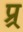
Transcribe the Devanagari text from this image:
प्र्र